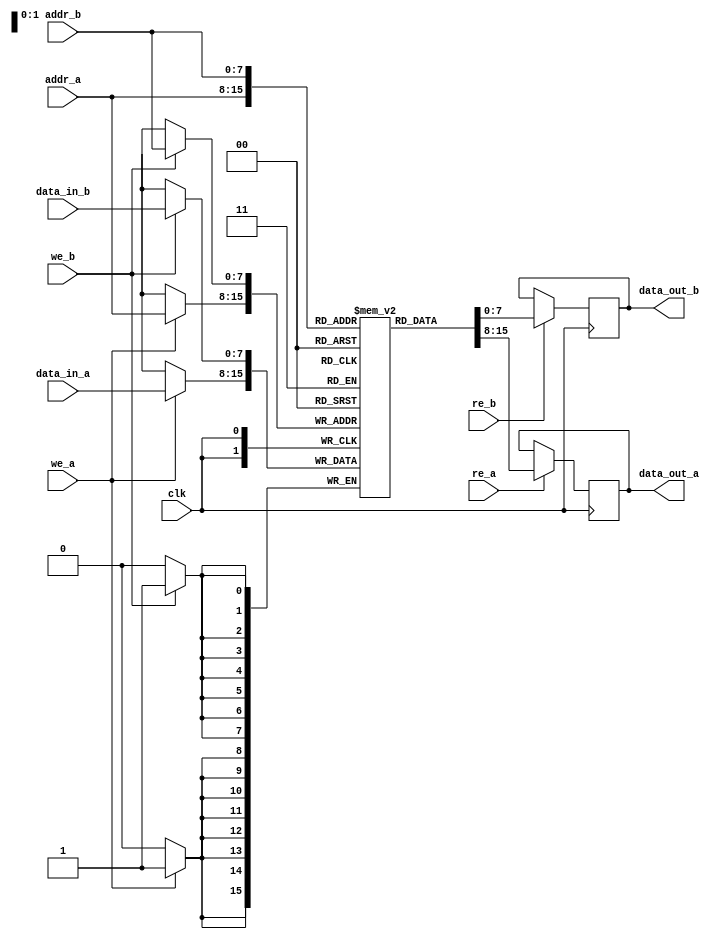
module dual_port_sram #(
    parameter ADDR_WIDTH = 8,  // Width of address
    parameter DATA_WIDTH = 8,  // Width of data
    parameter MEM_SIZE = 1 << ADDR_WIDTH // Size of memory (2^ADDR_WIDTH)
)(
    input wire clk,              // Clock signal
    input wire [ADDR_WIDTH-1:0] addr_a, // Address for Port A
    input wire [ADDR_WIDTH-1:0] addr_b, // Address for Port B
    input wire [DATA_WIDTH-1:0] data_in_a, // Data input for Port A
    input wire [DATA_WIDTH-1:0] data_in_b, // Data input for Port B
    input wire we_a,            // Write enable for Port A
    input wire we_b,            // Write enable for Port B
    input wire re_a,            // Read enable for Port A
    input wire re_b,            // Read enable for Port B
    output reg [DATA_WIDTH-1:0] data_out_a, // Data output for Port A
    output reg [DATA_WIDTH-1:0] data_out_b  // Data output for Port B
);

    // Memory array
    reg [DATA_WIDTH-1:0] memory [0:MEM_SIZE-1];

    always @(posedge clk) begin
        // Port A operations
        if (we_a) begin
            memory[addr_a] <= data_in_a; // Write data to memory at addr_a
        end
        if (re_a) begin
            data_out_a <= memory[addr_a]; // Read data from memory at addr_a
        end
    end

    always @(posedge clk) begin
        // Port B operations
        if (we_b) begin
            memory[addr_b] <= data_in_b; // Write data to memory at addr_b
        end
        if (re_b) begin
            data_out_b <= memory[addr_b]; // Read data from memory at addr_b
        end
    end

endmodule